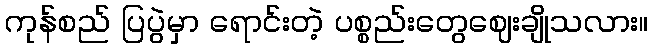
ကုန်စည် ပြပွဲမှာ ရောင်းတဲ့ ပစ္စည်းတွေဈေးချိုသလား။